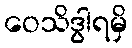
ဝေသိဒွါရမှိ